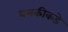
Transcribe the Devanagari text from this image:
धमकीकडे